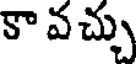
కా వచ్చు